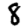
Digit: 8